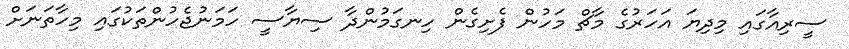
ސީރިއާގައި މިދިޔަ އަހަރުގެ މާޗް މަހުން ފެށިގެން ހިނގަމުންދާ ސިޔާސީ ހަމަނުޖެހުންތަކުގައި މިހާތަނަށް